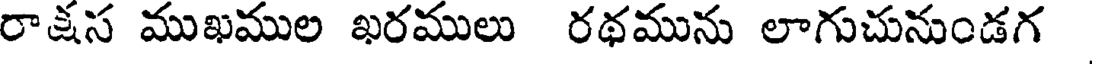
రాక్షస ముఖముల ఖరములు రథమును లాగుచునుండగ